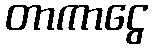
တာကာငွေ